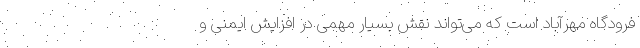
فرودگاه مهر‌آباد است که می‌تواند نقش بسیار مهمی در افزایش ایمنی و